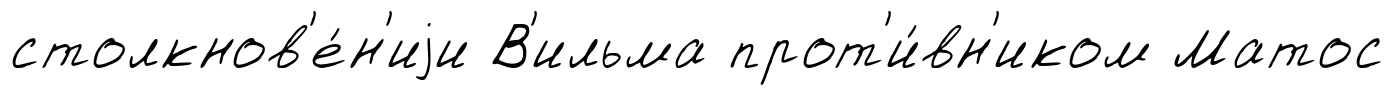
столкнов'е́н'иjи В'ильма прот'и́вн'иком Матос